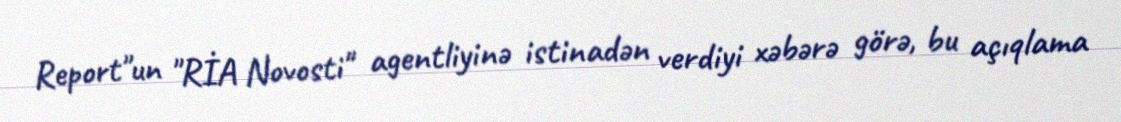
Report"un "RİA Novosti" agentliyinə istinadən verdiyi xəbərə görə, bu açıqlama